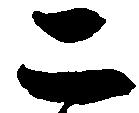
二